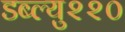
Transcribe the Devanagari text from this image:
डब्ल्यु२२०